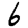
Digit: 6